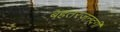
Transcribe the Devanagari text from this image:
बहतरज़नदगी